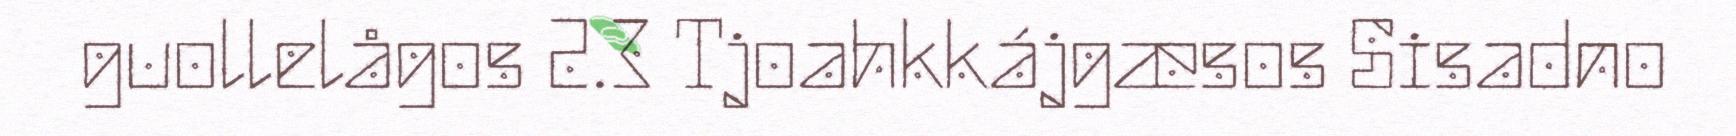
guollelågos 2.3 Tjoahkkájgæsos Sisadno